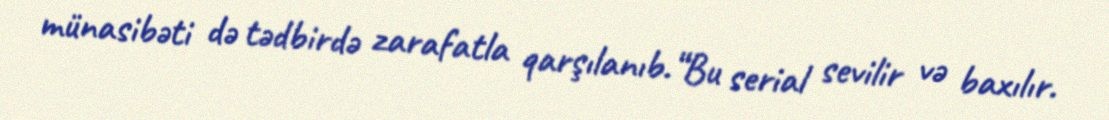
münasibəti də tədbirdə zarafatla qarşılanıb.“Bu serial sevilir və baxılır.